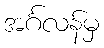
အင်္ဂလန်မှ